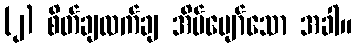
(၂) စိတ်ချလက်ချ အိပ်ပျော်သော အခါ။